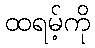
ထရမ့်ကို